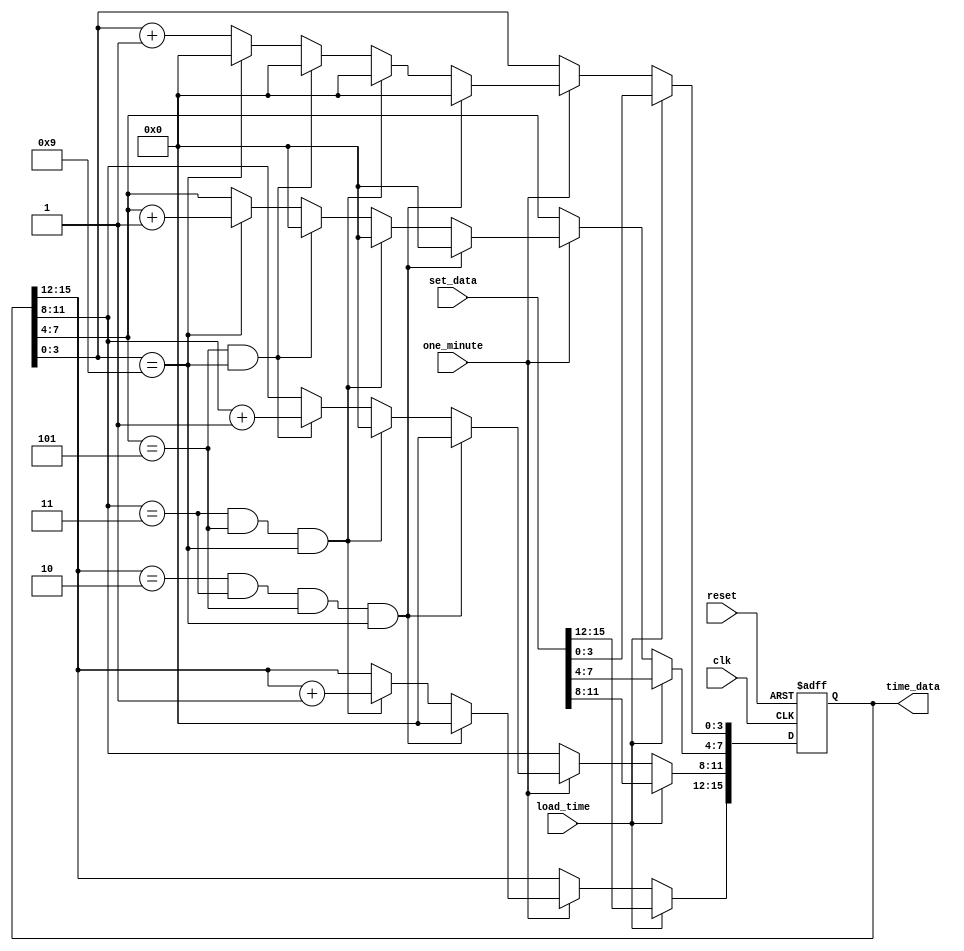
`timescale 1ns / 1ps
//////////////////////////////////////////////////////////////////////////////////
// Company: 
// Engineer: 
// 
// Design Name: 
// Module Name:    time_counter 
// Project Name: 
// Target Devices: 
// Tool versions: 
// Description: 
//
// Dependencies: 
//
// Revision: 
// Revision 0.01 - File Created
// Additional Comments: 
//
//////////////////////////////////////////////////////////////////////////////////
module time_counter(
	input clk , reset , load_time , one_minute , 
	input [15:0] set_data,
	output reg [15:0] time_data
);

always@(posedge clk , negedge reset)
begin
	if(!reset)
		begin
			time_data <= 16'd0;
		end
	else if(load_time)
		time_data <= set_data;
	else if(one_minute)
		begin
			if(time_data[15:12] == 4'b0010 && time_data[11:8] == 4'b0011 && time_data[7:4] == 4'b0101 && time_data[3:0] == 4'b1001) // 2 3 : 5 9 then 0 0 : 0 0
				begin 
					time_data[15:0] <= 16'h0000;
				end
			else if(time_data[11:8] == 4'b0011 && time_data[7:4] == 4'b0101 && time_data[3:0] == 4'b1001) // ? 3 : 5 9 ----- ?+1 0 : 0 0
				begin 
					time_data[15:12] <= time_data[15:12] + 1'b1;
					time_data[11:0] <= 1'b0;
				end
			else if(time_data[7:4] == 4'b0101 && time_data[3:0] == 4'b1001) // ? ? : 5 9 ------ ?  ?+1 : 0 0
				begin
					time_data[11:8] <= time_data[11:8] + 1'b1;
					time_data[7:0] <= 1'b0;
				end
			else if(time_data[3:0] == 4'b1001) // ? ? : ? 9 ------ ? ? : ?+1 0
				begin
					time_data[3:0] <= 1'b0;
					time_data[7:4] <= time_data[7:4] + 1'b1;
				end
				else
					time_data[3:0] <= time_data + 1'b1;   //HR:MN just increament N = N + 1
			end
		else
			time_data <= time_data;
end


endmodule